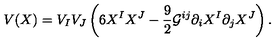
V ( X ) = V _ { I } V _ { J } \left( 6 X ^ { I } X ^ { J } - \frac { 9 } { 2 } \mathcal { G } ^ { i j } \partial _ { i } X ^ { I } \partial _ { j } X ^ { J } \right) .